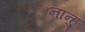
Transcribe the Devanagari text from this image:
नान्हु